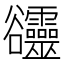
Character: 𧯙